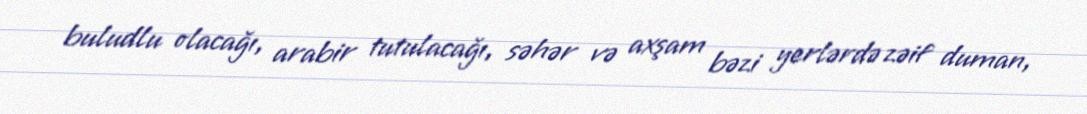
buludlu olacağı, arabir tutulacağı, səhər və axşam bəzi yerlərdə zəif duman,